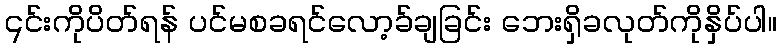
၎င်းကိုပိတ်ရန် ပင်မစခရင်လော့ခ်ချခြင်း ဘေးရှိခလုတ်ကိုနှိပ်ပါ။